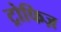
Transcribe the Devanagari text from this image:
ट्रोफिज़